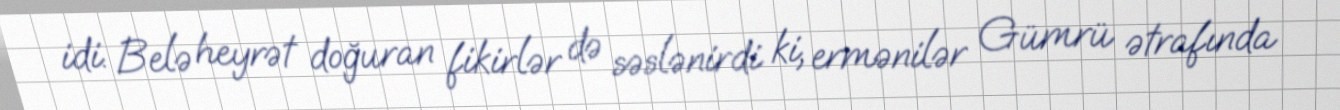
idi. Belə heyrət doğuran fikirlər də səslənirdi ki, ermənilər Gümrü ətrafında